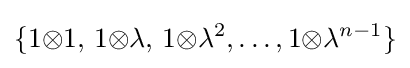
\{1{\otimes }1,\,1{\otimes }\lambda ,\,1{\otimes }\lambda ^{2},\ldots ,1{\otimes }\lambda ^{n-1}\}